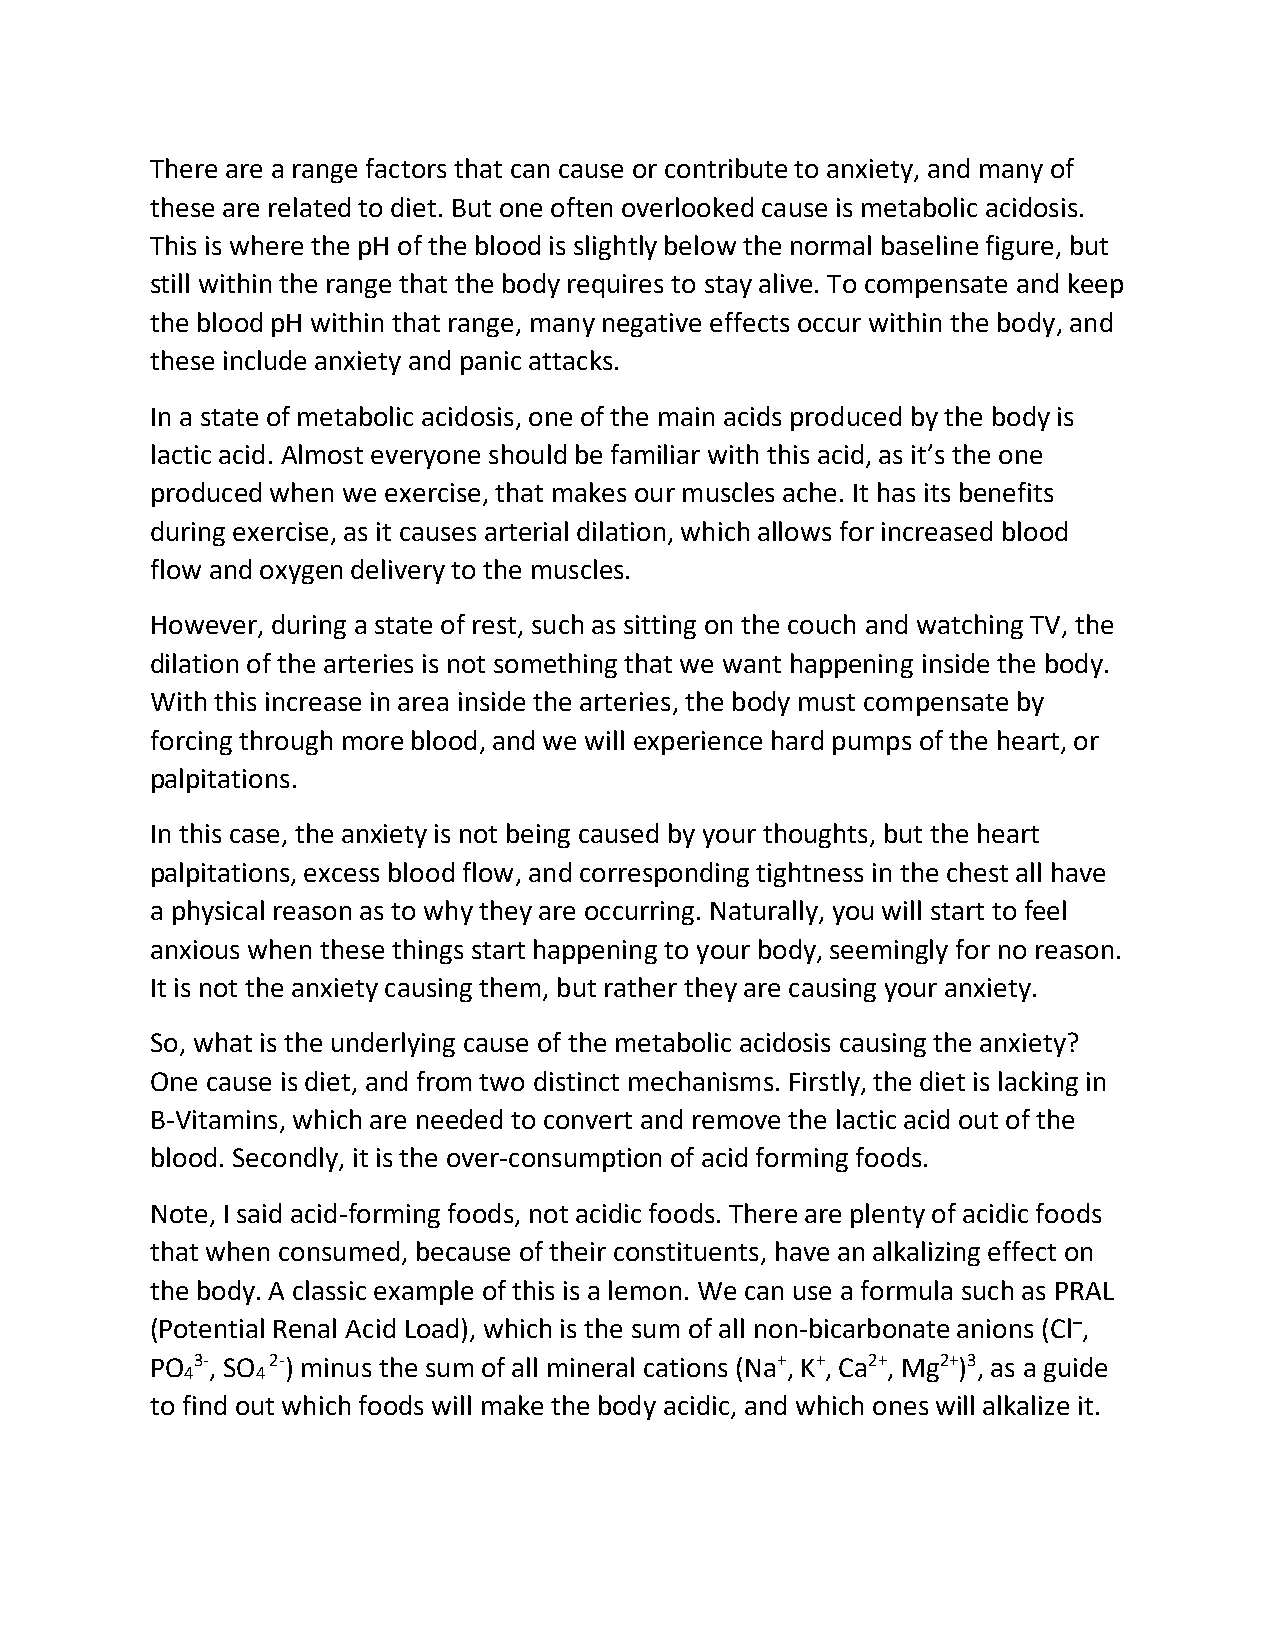
There are a range factors that can cause or contribute to anxiety, and many of
 these are related to diet. But one often overlooked cause is metabolic acidosis.
 This is where the pH of the blood is slightly below the normal baseline figure, but
 still within the range that the body requires to stay alive. To compensate and keep
 the blood pH within that range, many negative effects occur within the body, and
 these include anxiety and panic attacks.
 In a state of metabolic acidosis, one of the main acids produced by the body is
 lactic acid. Almost everyone should be familiar with this acid, as it’s the one
 produced when we exercise, that makes our muscles ache. It has its benefits
 during exercise, as it causes arterial dilation, which allows for increased blood
 flow and oxygen delivery to the muscles.
 However, during a state of rest, such as sitting on the couch and watching TV, the
 dilation of the arteries is not something that we want happening inside the body.
 With this increase in area inside the arteries, the body must compensate by
 forcing through more blood, and we will experience hard pumps of the heart, or
 palpitations.
 In this case, the anxiety is not being caused by your thoughts, but the heart
 palpitations, excess blood flow, and corresponding tightness in the chest all have
 a physical reason as to why they are occurring. Naturally, you will start to feel
 anxious when these things start happening to your body, seemingly for no reason.
 It is not the anxiety causing them, but rather they are causing your anxiety.
 So, what is the underlying cause of the metabolic acidosis causing the anxiety?
 One cause is diet, and from two distinct mechanisms. Firstly, the diet is lacking in
 B-Vitamins, which are needed to convert and remove the lactic acid out of the
 blood. Secondly, it is the over-consumption of acid forming foods.
 Note, I said acid-forming foods, not acidic foods. There are plenty of acidic foods
 that when consumed, because of their constituents, have an alkalizing effect on
 the body. A classic example of this is a lemon. We can use a formula such as PRAL
 (Potential Renal Acid Load), which is the sum of all non-bicarbonate anions (Cl–,
 PO 3-, SO 2-) minus the sum of all mineral cations (Na+, K+, Ca2+, Mg2+)3, as a guide
 4    4
 to find out which foods will make the body acidic, and which ones will alkalize it.